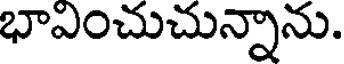
భాఎంచుచున్నాను.